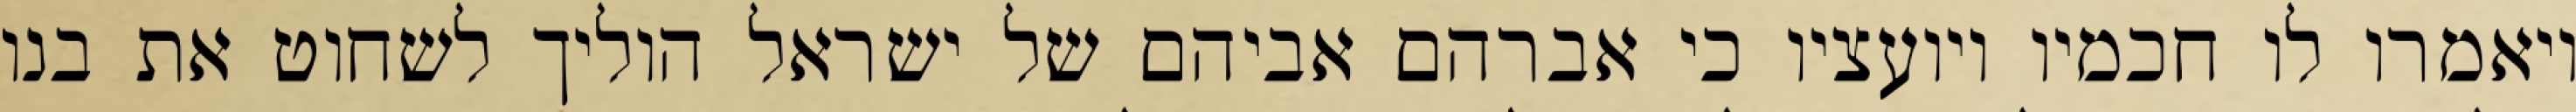
ויאמרו לו חכמיו ויועציו כי אברהם אביהם של ישראל הוליך לשחוט את בנו